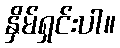
နှိမ်ရှင်းပါ။